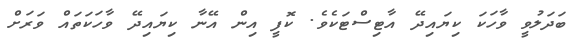
ބަދަލުވީ ވާހަކަ ކިޔައިދޭ އާޓިސްޓަކެވެ. ކޮފީ އިން އޭނާ ކިޔައިދޭ ވާހަކަތައް ވަރަށް